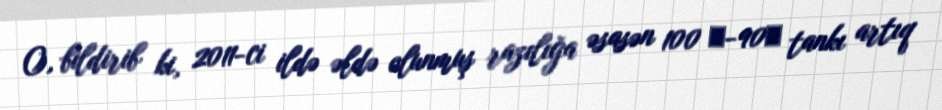
O, bildirib ki, 2011-ci ildə əldə olunmuş razılığa əsasən 100 Т-90С tankı artıq